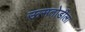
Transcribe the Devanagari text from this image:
ऊसतोडीला